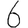
Digit: 6